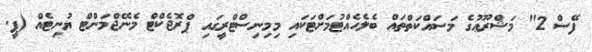
ފޭސް 2" މަޝްރޫޢުގެ މަސައްކަތްތައް ބެލެހެއްޓުމަށްޓަކައި މިމިނިސްޓްރީގައި ޕްރޮޖެކްޓް މެނޭޖްމަންޓް ޔުނިޓެއް (ޕީ.